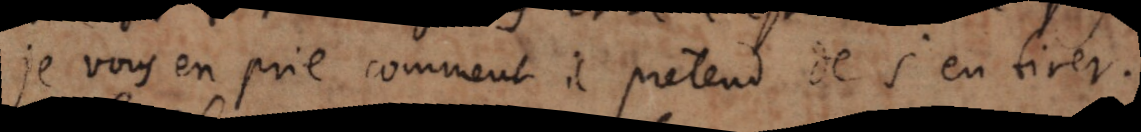
je vous en prie comment il pretend de s’en tirer.